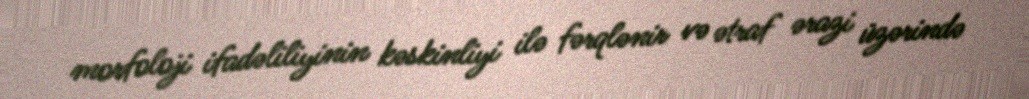
morfoloji ifadəliliyinin kəskinliyi ilə fərqlənir və ətraf ərazi üzərində